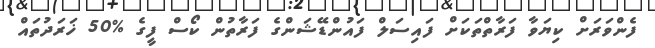
ފެންވަރަށް ކިޔަވާ ފަރާތްތަކަށް ފައިސަލް ފައުންޑޭޝަންގެ ފަރާތުން ކޯސް ފީގެ %50 ޚަރަދުތައް